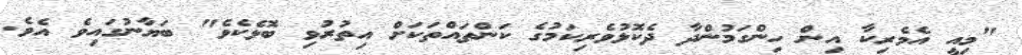
"މިއީ އެމެރިކާ އިން ހިންގަމުންދާ ދެކޮޅުވެރިކަމުގެ ކަންތައްތަކަށް އިތުރުވި ބޮޅެކެވެ" ބަޔާނުގައިވެ އެވެ.